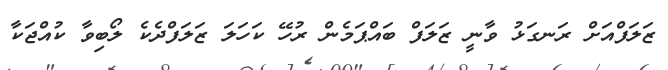
ޒަލަފްއަށް ރަނގަޅު ވާނީ ޒަލަފް ބައްޕަމެން ރުހޭ ކަހަލަ ޒަލަފްދެކެ ލޯބިވާ ކުއްޖަކާ